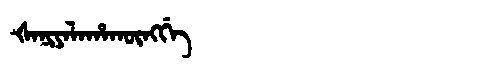
Manchu: ᡧᠠᠨᡳᠶᠠᠯᠠᡥᠠᡴᡡᠩᡤᡝ
Romanization: ŠANIYALAHAKŪNGGE